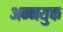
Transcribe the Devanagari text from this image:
अन्नयुक्त